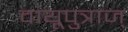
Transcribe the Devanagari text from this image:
वायूपुत्राज्